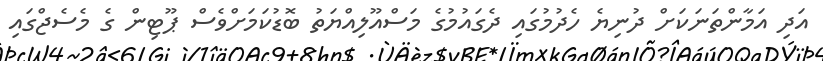
އަދި އަމާންތަނަކަށް ދުނިޔެ ހެދުމުގައި ދެގައުމުގެ މަސްއޫލިއްޔަތު ބޮޑުކަމަށްވެސް ޕޫޓިން ގެ މެސެޖްގައި